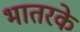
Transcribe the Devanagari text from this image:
भातरके